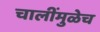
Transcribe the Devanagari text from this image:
चालींमुळेच